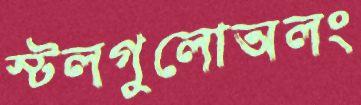
স্টলগুলোঅলং